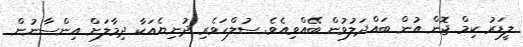
ލީޑަރު ކިމް ޖޮން އުން ބައްދަލުވުން ބޭއްވިއެވެ. ސުލްހަވެރި ދުނިޔެއަކާ ދިމާލަށް އިންސާނުން